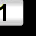
Digit: 1